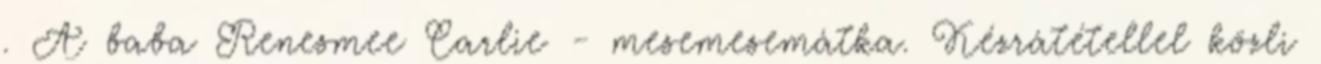
. A baba Renesmee Carlie - mesemesemátka. Kézrátétellel közli